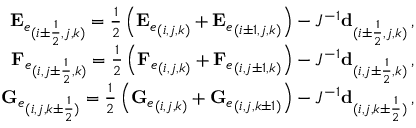
\begin{array} { r } { { \mathbf { E } _ { e } } _ { ( i \pm \frac { 1 } { 2 } , j , k ) } = \frac { 1 } { 2 } \left( { \mathbf { E } _ { e } } _ { ( i , j , k ) } + { \mathbf { E } _ { e } } _ { ( i \pm 1 , j , k ) } \right) - J ^ { - 1 } \mathbf { d } _ { ( i \pm \frac { 1 } { 2 } , j , k ) } \, \mathrm { , } } \\ { { \mathbf { F } _ { e } } _ { ( i , j \pm \frac { 1 } { 2 } , k ) } = \frac { 1 } { 2 } \left( { \mathbf { F } _ { e } } _ { ( i , j , k ) } + { \mathbf { F } _ { e } } _ { ( i , j \pm 1 , k ) } \right) - J ^ { - 1 } \mathbf { d } _ { ( i , j \pm \frac { 1 } { 2 } , k ) } \, \mathrm { , } } \\ { { \mathbf { G } _ { e } } _ { ( i , j , k \pm \frac { 1 } { 2 } ) } = \frac { 1 } { 2 } \left( { \mathbf { G } _ { e } } _ { ( i , j , k ) } + { \mathbf { G } _ { e } } _ { ( i , j , k \pm 1 ) } \right) - J ^ { - 1 } \mathbf { d } _ { ( i , j , k \pm \frac { 1 } { 2 } ) } \, \mathrm { , } } \end{array}